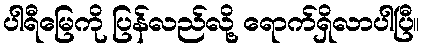
ပါရီမြေကို ပြန်လည်လို့ ရောက်ရှိလာပါပြီ။